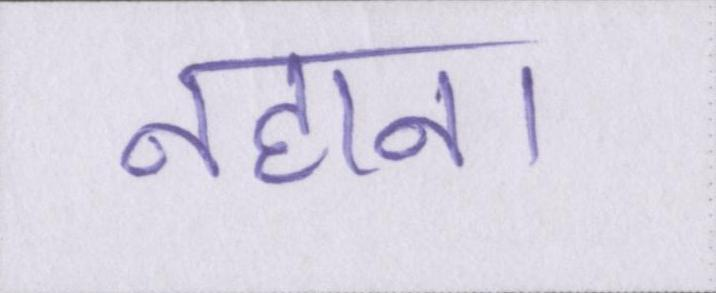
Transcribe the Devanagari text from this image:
नहाना